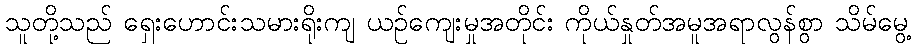
သူတို့သည် ရှေးဟောင်းသမားရိုးကျ ယဉ်ကျေးမှုအတိုင်း ကိုယ်နှုတ်အမူအရာလွန်စွာ သိမ်မွေ့